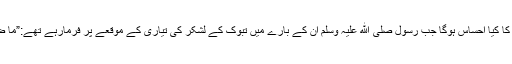
– ذوالنورین عثمان بن عفان ؓ کا کیا احساس ہوگا جب رسول صلی الله علیہ وسلم ان کے بارے میں تبوک کے لشکر کی تیاری کے موقعے پر فرمارہے تھے:”ما ضرّ عثمان مافعل بعد اليوم ” ؟